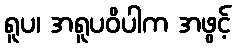
ရူပ၊ အရူပဝိပါက အဖွင့်